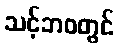
သင့်ဘဝတွင်